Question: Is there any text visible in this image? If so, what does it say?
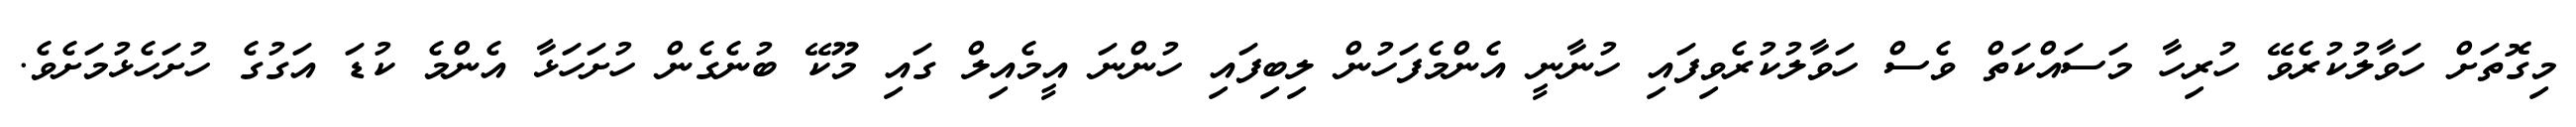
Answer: މިގޮތަށް ހަވާލުކުރެވޭ ހުރިހާ މަސައްކަތް ވެސް ހަވާލުކުރެވިފައި ހުނާނީ އެންމެފަހުން ލިބިފައި ހުންނަ އީމެއިލް ގައި މޫކޭ ބުނެގެން ހުށަހަޅާ އެންމެ ކުޑަ އަގުގެ ހުށަހެޅުމަށެވެ.